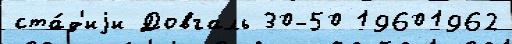
ста́д'иjи Довгаль 30-50 19601962